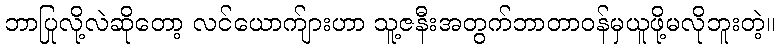
ဘာပြုလို့လဲဆိုတော့ လင်ယောက်ျားဟာ သူ့ဇနီးအတွက်ဘာတာဝန်မှယူဖို့မလိုဘူးတဲ့။